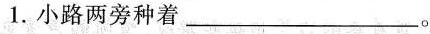
1.小路两旁种着______。